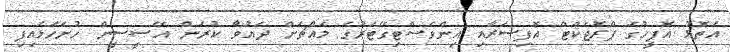
އަތޮޅު އޮފީހުގެ ޕްރޮޖެކްޓް އޮފިސަރާއި އިންވެސްޓިގޭޓަރުގެ މައްޗަށް ދައުވާ ކުރަން އޭސީސީން ހުށަހަޅައިފި